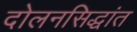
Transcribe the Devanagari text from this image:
दोलनसिद्धांत